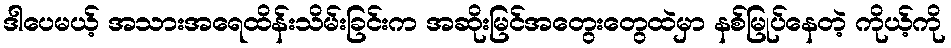
ဒါပေမယ့် အသားအရေထိန်းသိမ်းခြင်းက အဆိုးမြင်အတွေးတွေထဲမှာ နစ်မြုပ်နေတဲ့ ကိုယ့်ကို